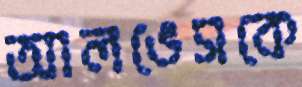
আলভেসকে